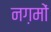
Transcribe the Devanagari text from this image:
नग़मों